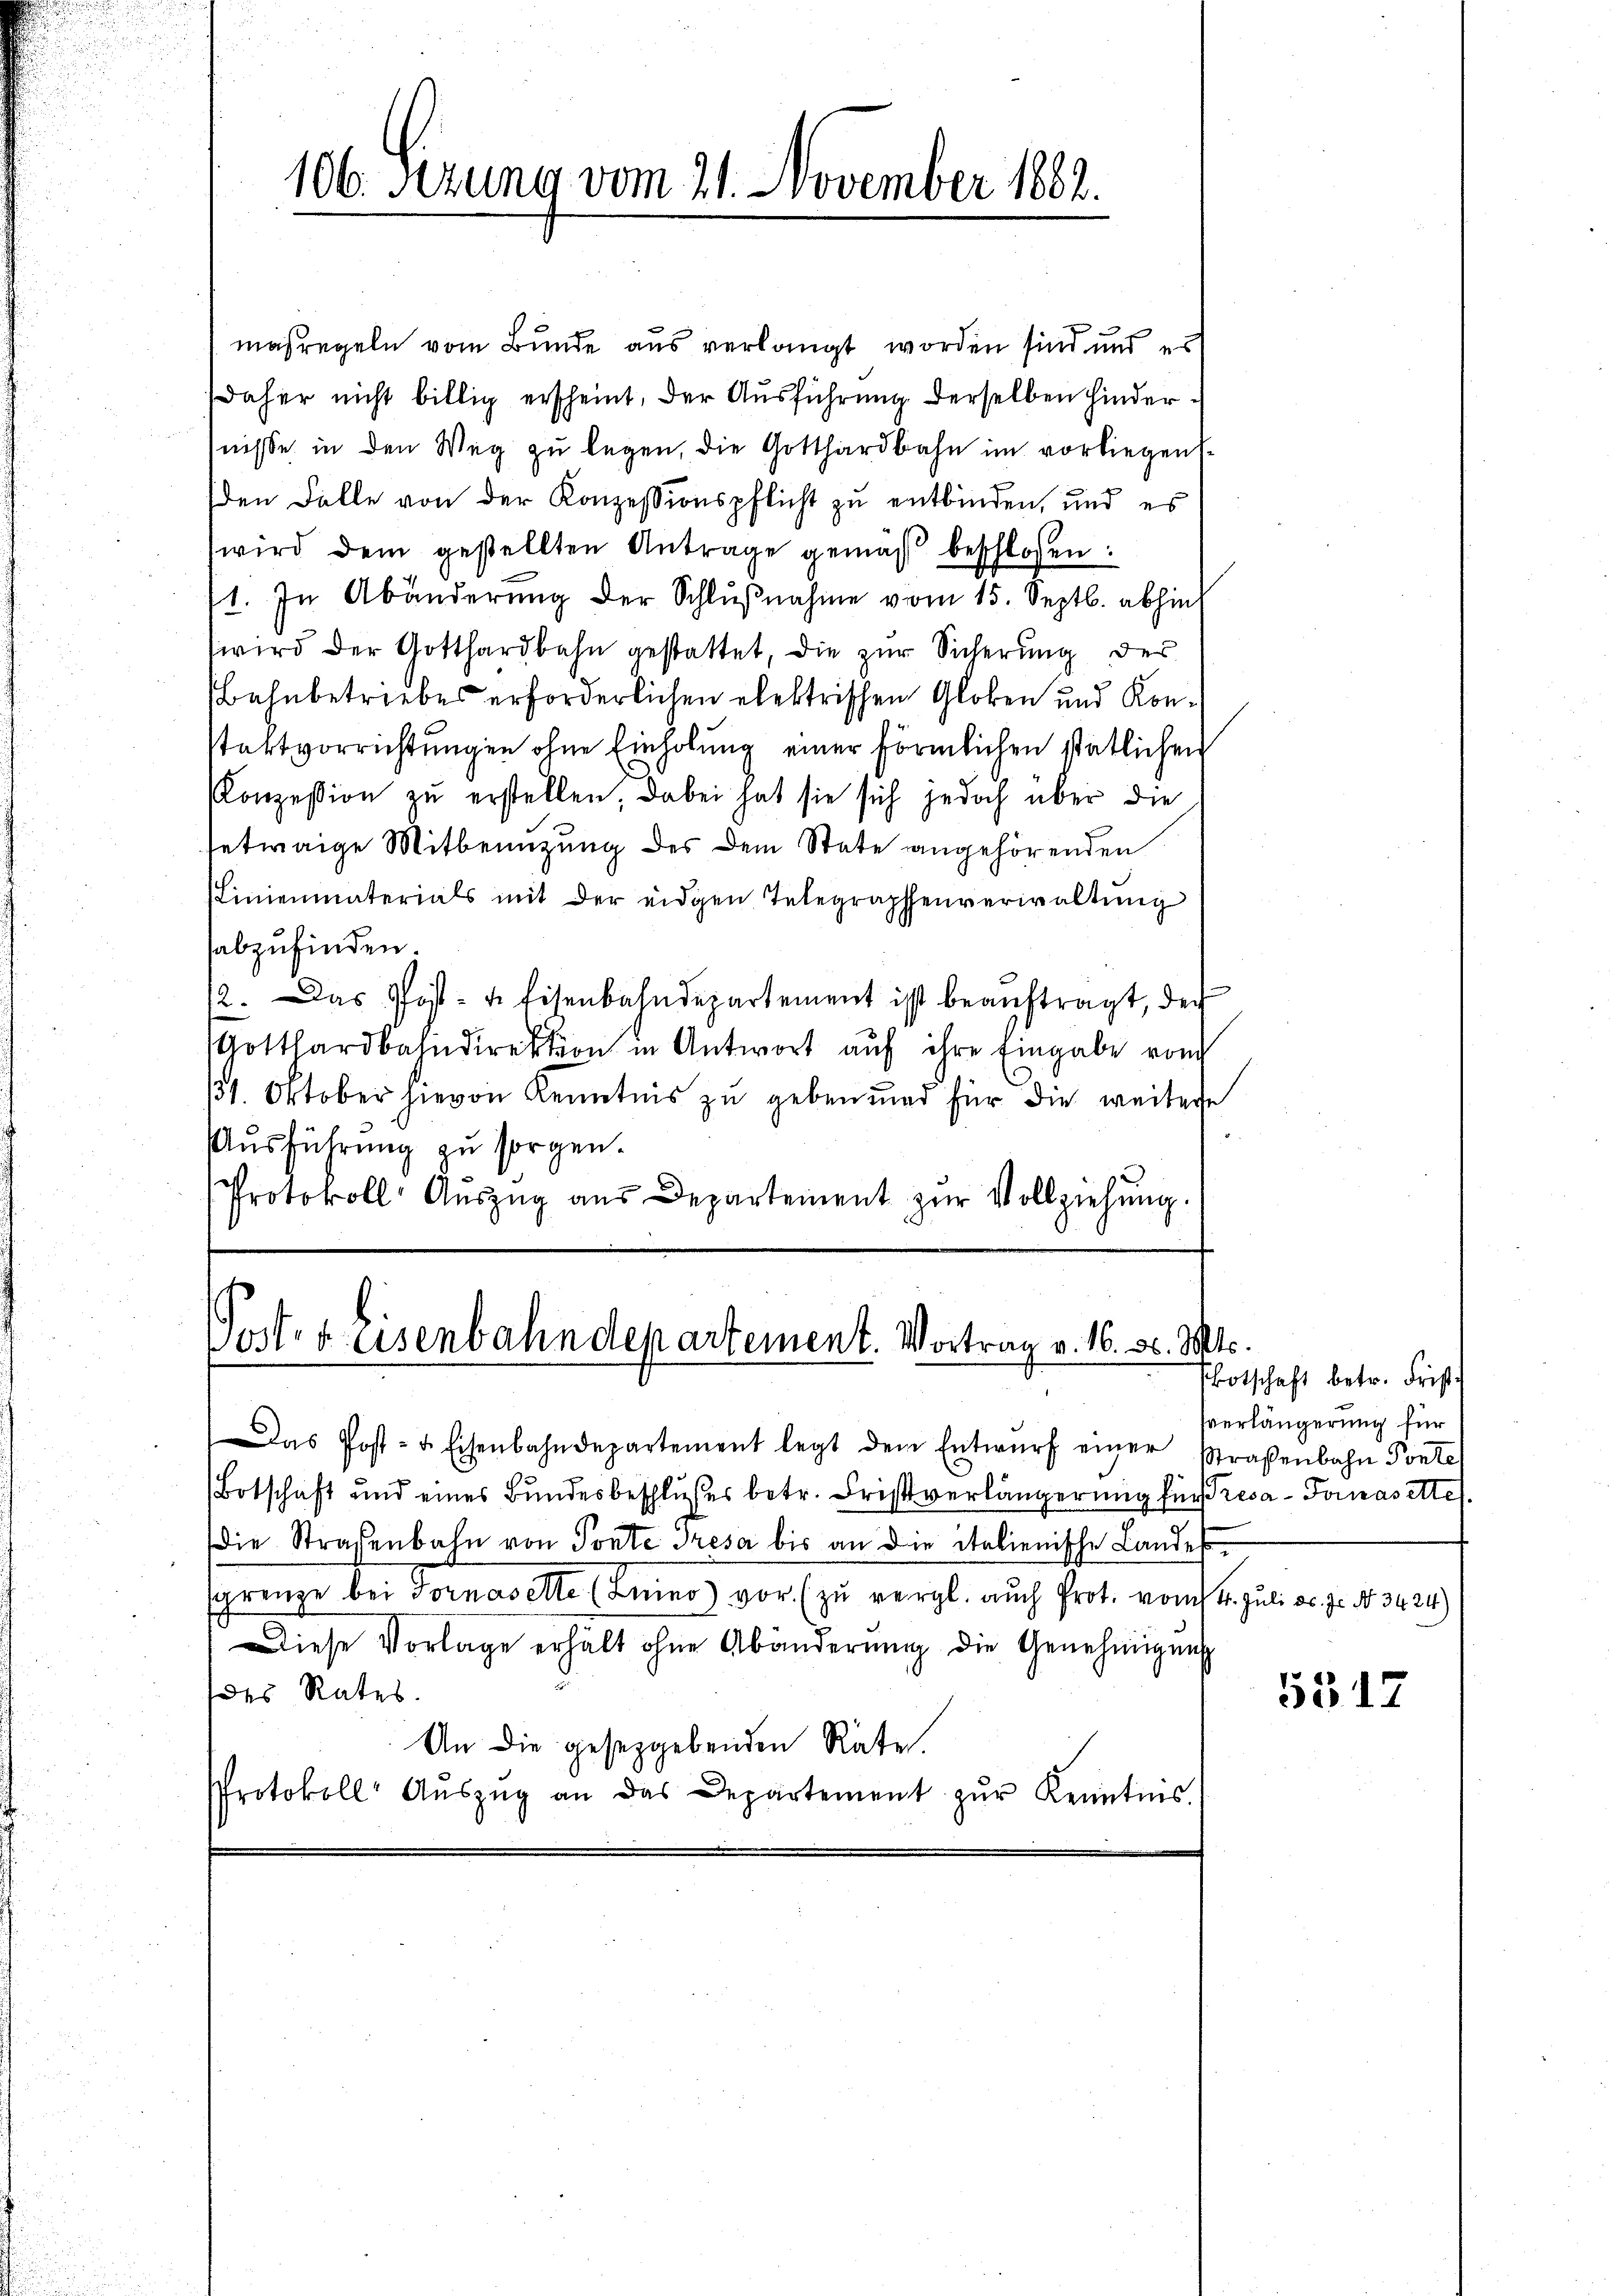
106. Sizung vom 21. November 1882.

maßregeln vom Bunde aus verlangt worden sind und es
daher nicht billig erscheint, der Ausführung derselben hinderfnisse in den Weg zu legen, die Gotthardbahn im vorliegendden Falle von der Konzessionspflicht zu entbinden, und es
wird dem gestellten Antrage gemäß beschlossen:
1. In Abänderŭng der Schlŭβnahme vom 15. Septb. abhin
wird der Gotthardbahn gestattet, die zur Sicherung der
Bahnbetriebes erforderlichen elektrischen Globen und Konstaktvorrichtungen ohne Einholung einer förmlichen stätlichen
Konzession zu erstellen, dabei hat sie sich jedoch über die
setwaige Mitbenuzung des dem Stete angehörenden
(Linienmaterials mit der eidgen Telegraphenverwaltŭng
abzufinden.
12. Das Post- u. Eisenbahndepartement ist beaŭftragt, der
Gotthardbahndirektion in Antwort auf ihre Eingabe von
131. Oktober hievon Kenntnis zu geben und für die weitere
Ausführung zu sorgen.
Protokoll Aŭszŭg aŭs Departement zŭr Vollziehŭng.

Post beisenbahndepartement. Vortrag v. 16. d. Mts.

Das Post- & Eisenbahndepartement legt dem Entwŭrf einer Straßenbahn Ponte
Botschaft und eines Bundesbeschlußes betr. Fristverlängerung für Tresa- Tomasettet
Die Straßenbahn von Ponte Tresa bis an die italienische Landessgrenze bei Fornaselle (Luino vor (zu vergl. auch Prot. vom 4. Juli d. 7. No. 3424)
Diese Vorlage erhält ohne Abänderŭng die Genehmigung
des Rates.
An die gesetzgebenden Räte,
Protokoll Aŭszŭg an das Departement zŭr Kenntnis.

Potschaft betr. Frist
Verlängerung für

5517